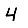
Digit: 4